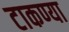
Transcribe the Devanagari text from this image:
टाकण्या